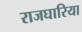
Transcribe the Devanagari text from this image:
राजघारिया